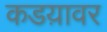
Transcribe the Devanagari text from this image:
कडय़ावर